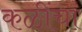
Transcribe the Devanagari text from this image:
कळींचा